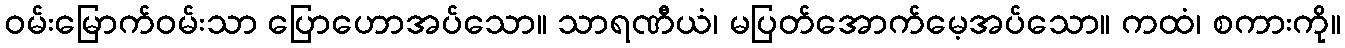
ဝမ်းမြောက်ဝမ်းသာ ပြောဟောအပ်သော။ သာရဏီယံ၊ မပြတ်အောက်မေ့အပ်သော။ ကထံ၊ စကားကို။